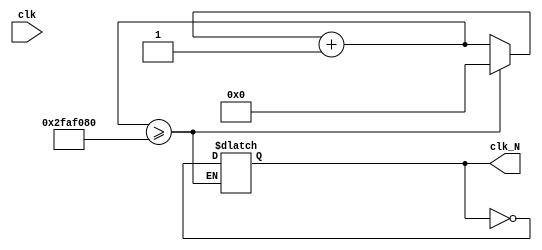
`timescale 1ns / 1ps
//////////////////////////////////////////////////////////////////////////////////
// Company: 
// Engineer: 
// 
// Design Name: 
// Module Name: divider
// Project Name: 
// Target Devices: 
// Tool Versions: 
// Description: 
// 
// Dependencies: 
// 
// Revision:
// Revision 0.01 - File Created
// Additional Comments:
// 
//////////////////////////////////////////////////////////////////////////////////


module divider(
    input clk,
    output reg clk_N
    );
    reg [31:0] counter;
    parameter N = 500_000_00;
    initial begin
        counter = 0;
        clk_N = 0;
    end
    
    always @(clk) begin
        counter = counter + 1;
        if (counter >= N) begin
            clk_N <= ~clk_N;
            counter <= 0;
        end
        else begin
            clk_N = clk_N;
        end
    end
endmodule